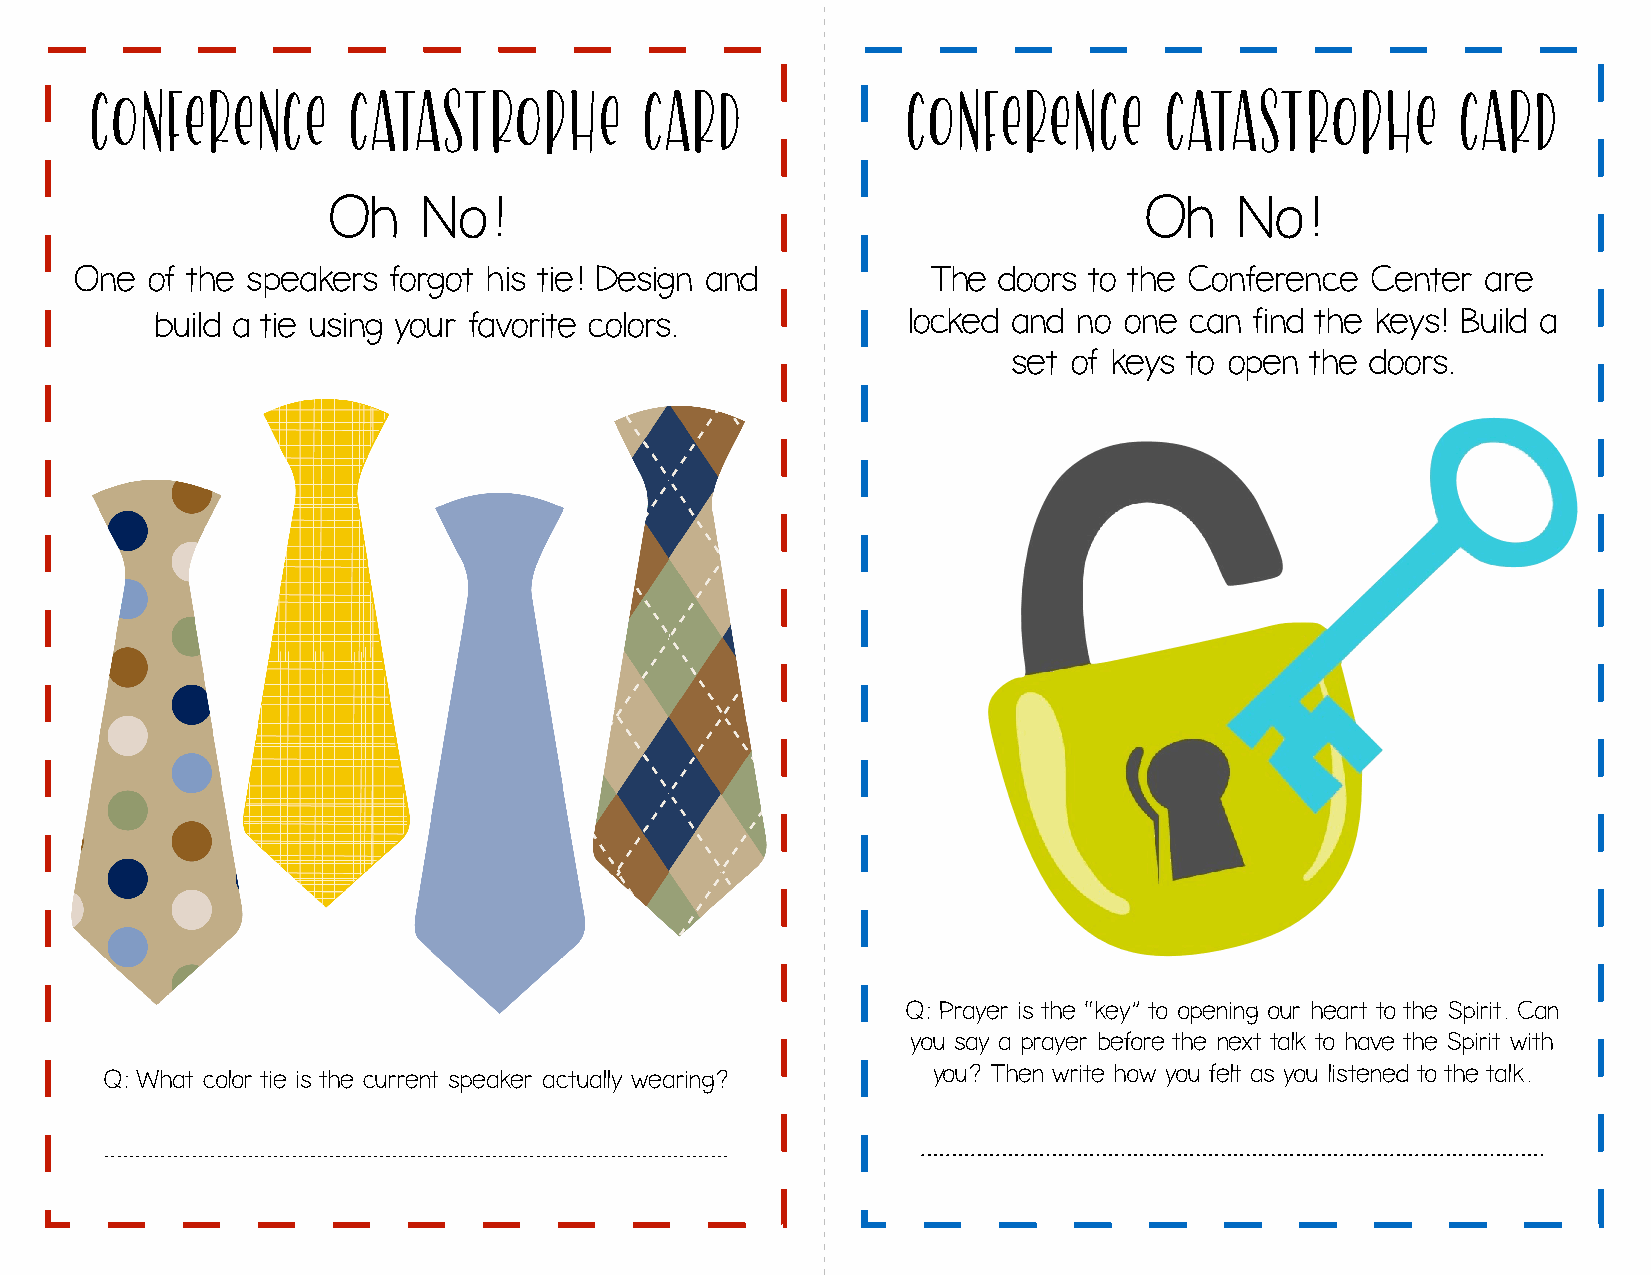
CONFERENCE       Catastrophe         Card             CONFERENCE       Catastrophe         Card
 Oh    No!                                             Oh    No!
 One  of the speakers forgot his tie! Design and          The doors to the Conference  Center are
 build a tie using your favorite colors.           locked and no one  can find the keys! Build a
 set of keys to open the doors.
 Q: Prayer is the “key” to opening our heart to the Spirit. Can
 you say a prayer before the next talk to have the Spirit with
 you? Then write how you felt as you listened to the talk.
 Q: What color tie is the current speaker actually wearing?